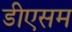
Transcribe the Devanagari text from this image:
डीएसम